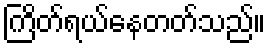
ကြိတ်ရယ်နေတတ်သည်။